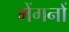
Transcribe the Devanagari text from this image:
मेंगनों